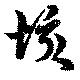
垓